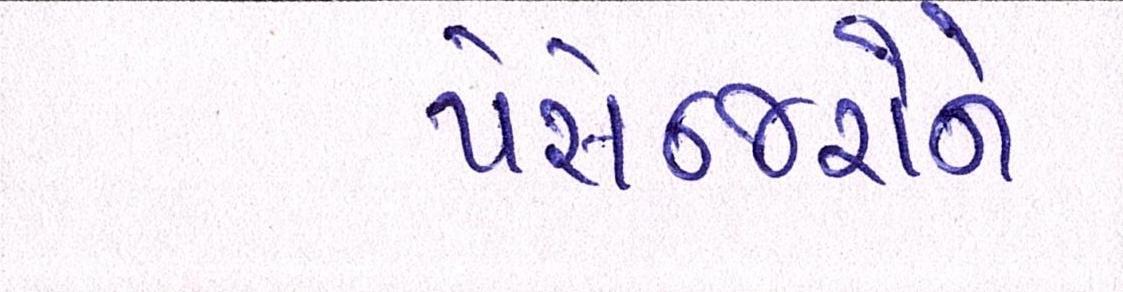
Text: પેસેન્જરોને